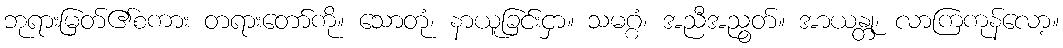
ဘုရားမြတ်၏စကား တရားတော်ကို။ သောတုံ၊ နာယူခြင်းငှာ။ သမဂ္ဂံ၊ အညီအညွတ်။ အာယန္တု၊ လာကြကုန်လော့။